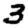
Digit: 3